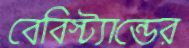
বেবিস্ট্যান্ডের